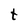
Character: t